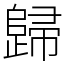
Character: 歸